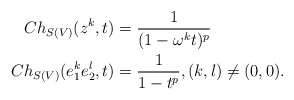
\begin{align*}Ch_{S(V)}(z^k,t)&=\frac{1}{(1-\omega^k t)^p}\\Ch_{S(V)}(e_1^ke_2^l,t)&=\frac{1}{1-t^p}, (k,l)\neq (0,0).\end{align*}